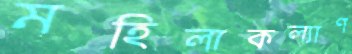
মহিলাকল্যাণ